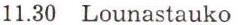
11.30 Lounastauko